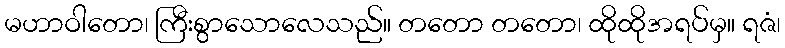
မဟာဝါတော၊ ကြီးစွာသောလေသည်။ တတော တတော၊ ထိုထိုအရပ်မှ။ ရဇံ၊